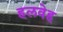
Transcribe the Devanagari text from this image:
हलवेह